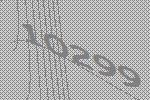
10299